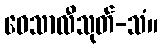
ဝေသာလီသုတ်-သံ။